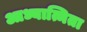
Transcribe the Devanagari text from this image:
आध्यात्मिता